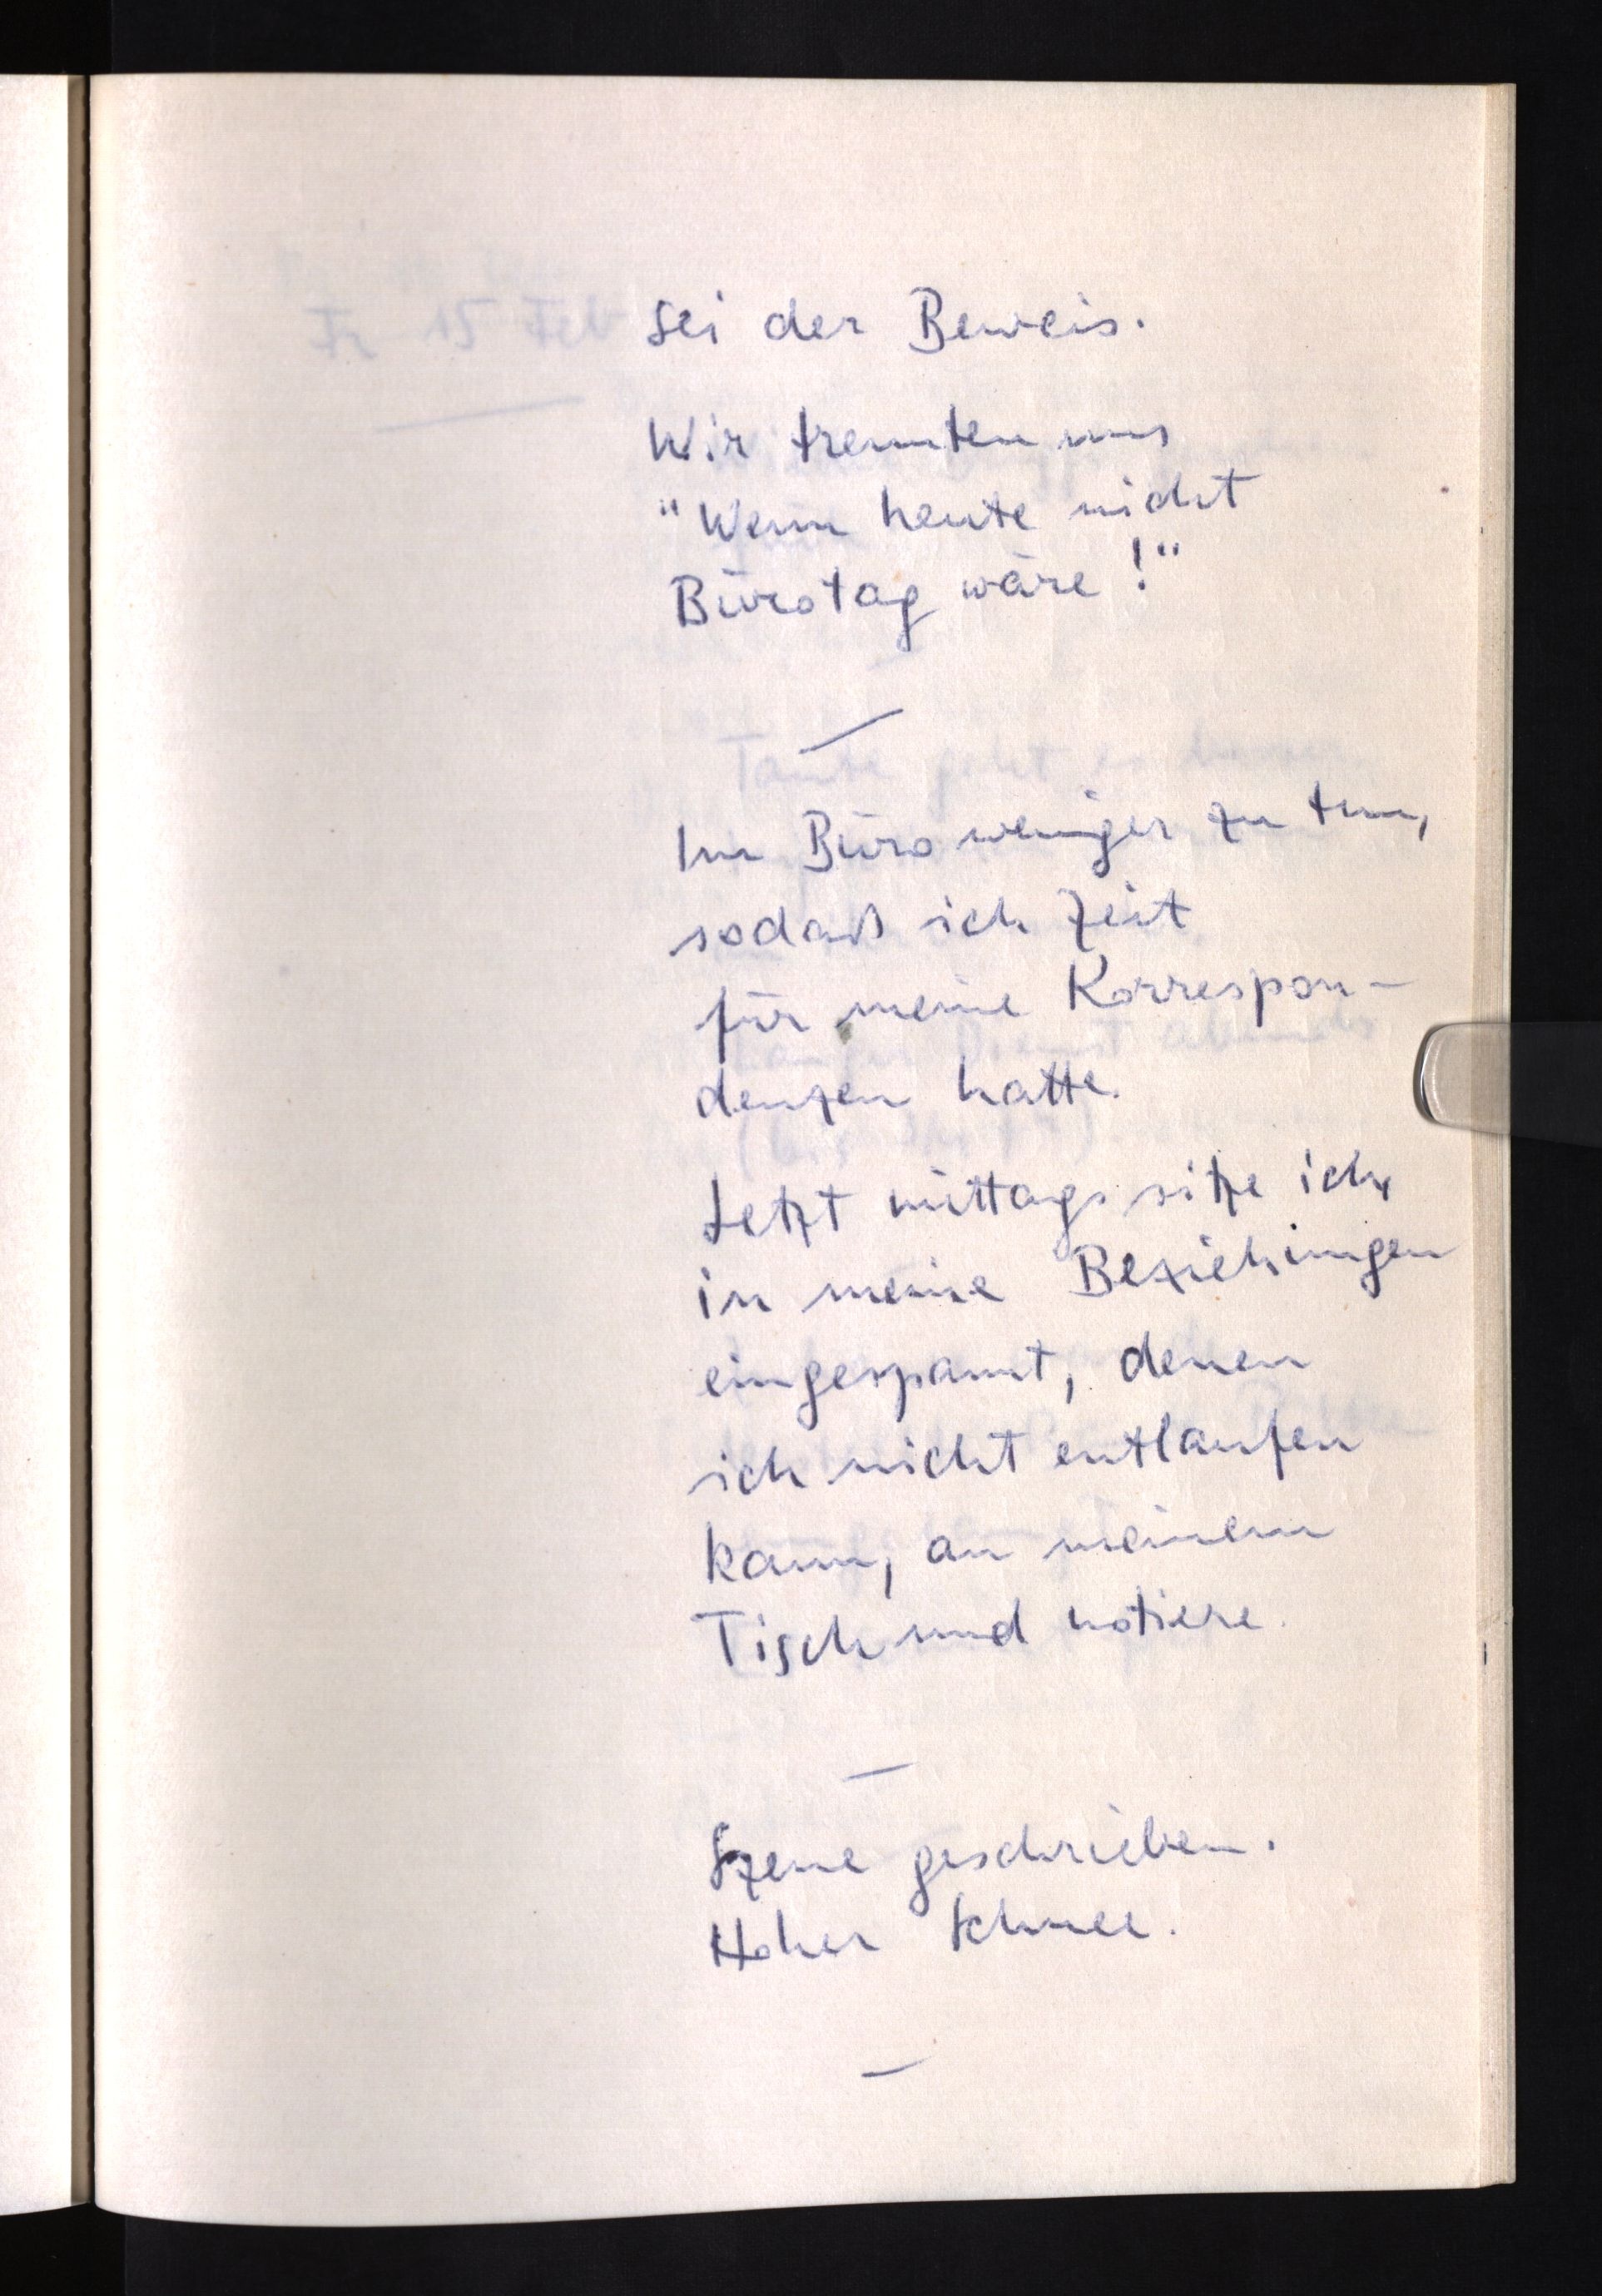
sei der Beweis.
Wir trennten uns
"Wenn heute nicht
Bürotag wäre!"
Im Büro weniger zu tun,
sodaß ich Zeit
für meine Korrespon¬
denzen hatte.
Jetzt mittags sitze ich,
in meine Beziehungen
eingespannt, denen
ich nicht entlaufen
kann, an meinem
Tisch und notiere.
Szene geschrieben.
Hoher Schnee.